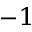
^ { - 1 }